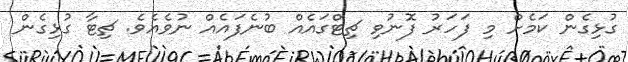
ގުޅިގެން ކަމެށް މި ފަހަރު ފޮނުވި ޗިޓްގައެއް ބުނެފައެއް ނުވެއެވެ. ޗިޓާ ގުޅިގެން